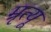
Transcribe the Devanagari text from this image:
म्रृत्यू